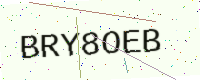
Text: BRY8OEB